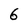
Character: 6